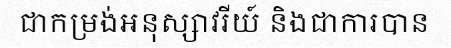
ជាកម្រង់អនុស្សាវរីយ៍ និងជាការបាន